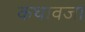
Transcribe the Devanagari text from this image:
कथावजा